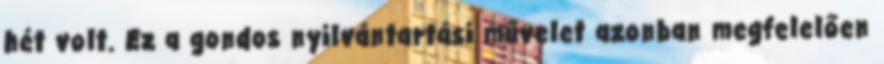
hét volt. Ez a gondos nyilvántartási művelet azonban megfelelően